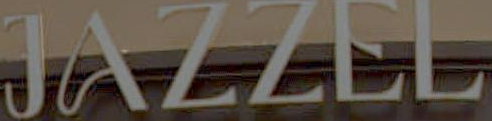
JAZZEL